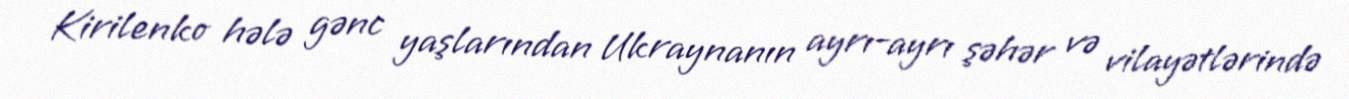
Kirilenko hələ gənc yaşlarından Ukraynanın ayrı-ayrı şəhər və vilayətlərində